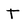
Character: t